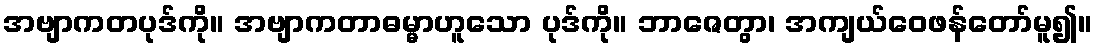
အဗျာကတပုဒ်ကို။ အဗျာကတာဓမ္မာဟူသော ပုဒ်ကို။ ဘာဇေတွာ၊ အကျယ်ဝေဖန်တော်မူ၍။